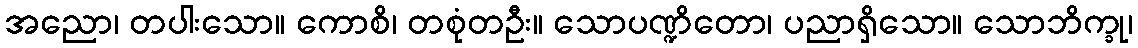
အညော၊ တပါးသော။ ကောစိ၊ တစုံတဦး။ သောပဏ္ဍိတော၊ ပညာရှိသော။ သောဘိက္ခု၊